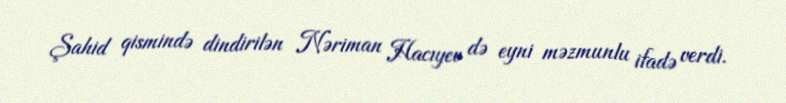
Şahid qismində dindirilən Nəriman Hacıyev də eyni məzmunlu ifadə verdi.